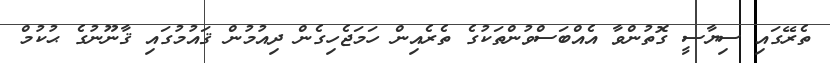
ތެރޭގައި ސިޔާސީ ގޮތުންވާ އެއްބަސްވުންތަކުގެ ތެރެއިން ހަމަޖެހިގެން ދިއުމުން ޤައުމުގައި ޤާނޫނުގެ ޙުކުމް